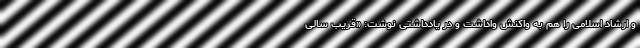
و ارشاد اسلامی را هم به واکنش واداشت و در یادداشتی نوشت: «قریب سالی